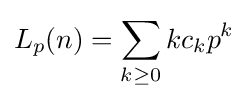
L_{p}(n)=\sum _{k\geq 0}kc_{k}p^{k}